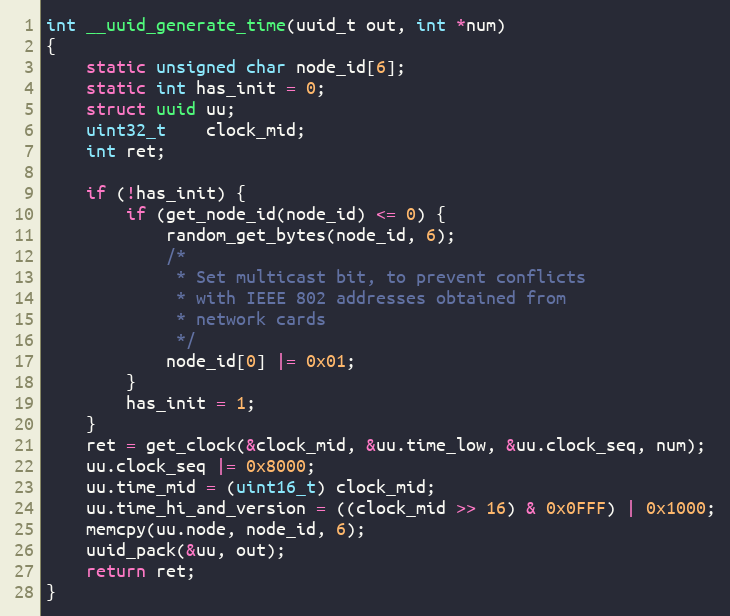
Language: C
int __uuid_generate_time(uuid_t out, int *num)
{
	static unsigned char node_id[6];
	static int has_init = 0;
	struct uuid uu;
	uint32_t	clock_mid;
	int ret;

	if (!has_init) {
		if (get_node_id(node_id) <= 0) {
			random_get_bytes(node_id, 6);
			/*
			 * Set multicast bit, to prevent conflicts
			 * with IEEE 802 addresses obtained from
			 * network cards
			 */
			node_id[0] |= 0x01;
		}
		has_init = 1;
	}
	ret = get_clock(&clock_mid, &uu.time_low, &uu.clock_seq, num);
	uu.clock_seq |= 0x8000;
	uu.time_mid = (uint16_t) clock_mid;
	uu.time_hi_and_version = ((clock_mid >> 16) & 0x0FFF) | 0x1000;
	memcpy(uu.node, node_id, 6);
	uuid_pack(&uu, out);
	return ret;
}